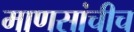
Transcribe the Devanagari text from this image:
माणसांचीच